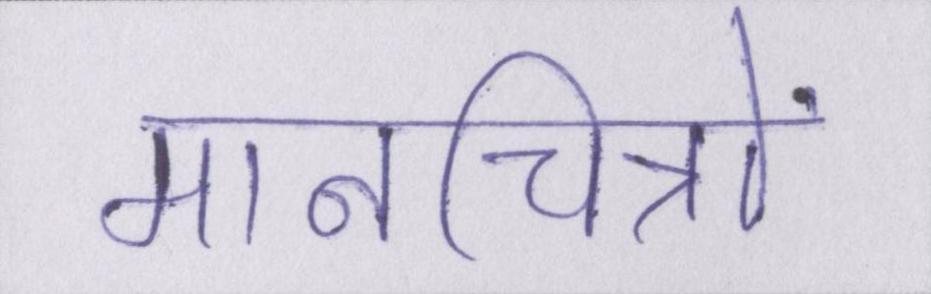
मानचित्रों